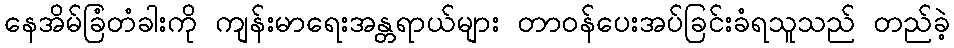
နေအိမ်ခြံတံခါးကို ကျန်းမာရေးအန္တရာယ်များ တာဝန်ပေးအပ်ခြင်းခံရသူသည် တည်ခဲ့